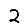
Digit: 2